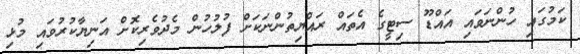
ކަމުގައި ހުންނަވައި އައްޑޫ ސިޓީގެ އެތައް ރައްޔިތުންނަކަށްް ފުލުހުން މެދުވެރިކޮށް އަނިޔާކުރުވައި މުޅި